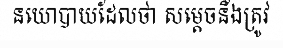
នយោបាយដែលថា សម្តេចនឹងត្រូវ